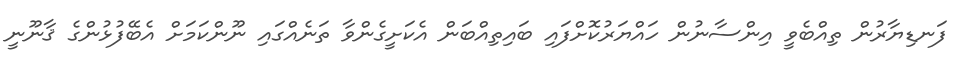
ފަނޑިޔާރުން ތިއްބެވީ އިންސާނުން ހައްޔަރުކޮށްފައި ބައިތިއްބަން އެކަށީގެންވާ ތަނެއްގައި ނޫންކަމަށް އެބޭފުޅުންގެ ޤާނޫނީ